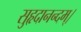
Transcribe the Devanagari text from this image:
सुहृदानन्दम्‌।